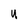
Character: u